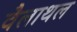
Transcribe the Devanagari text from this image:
वैलाथल